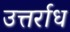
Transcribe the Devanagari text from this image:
उत्तर्राध